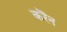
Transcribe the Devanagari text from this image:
करॆन